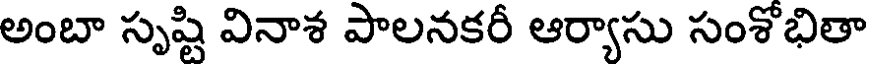
అంబా సృష్టి వినాశ పాలనకరీ ఆర్యాసు సంశోభితా